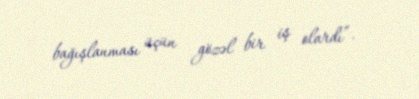
bağışlanması üçün gözəl bir iş olardı”.